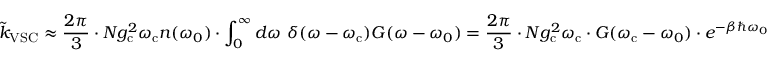
\tilde { k } _ { \mathrm { V S C } } \approx \frac { 2 \pi } { 3 } \cdot N g _ { \mathrm { c } } ^ { 2 } \omega _ { \mathrm { c } } n ( \omega _ { 0 } ) \cdot \int _ { 0 } ^ { \infty } d \omega ~ \delta ( \omega - \omega _ { \mathrm { c } } ) G ( \omega - \omega _ { 0 } ) = \frac { 2 \pi } { 3 } \cdot N g _ { \mathrm { c } } ^ { 2 } \omega _ { \mathrm { c } } \cdot G ( \omega _ { \mathrm { c } } - \omega _ { 0 } ) \cdot e ^ { - \beta \hbar \omega _ { 0 } }